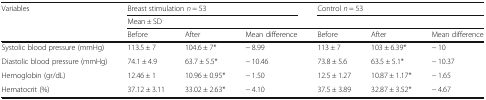
| Variables | <COLSPAN=3> Breast stimulation n = 53 | <COLSPAN=3> Control n = 53 |
 | <ROWSPAN=2>  | <COLSPAN=6> Mean ± SD |
 | Before | After | Mean difference | Before | After | Mean difference |
 | --- | --- | --- | --- | --- | --- | --- |
 | Systolic blood pressure (mmHg) | 113.5 ± 7 | 104.6 ± 7* | − 8.99 | 113 ± 7 | 103 ± 6.39* | − 10 |
 | Diastolic blood pressure (mmHg) | 74.1 ± 4.9 | 63.7 ± 5.5* | − 10.46 | 73.8 ± 5.6 | 63.5 ± 5.1* | − 10.37 |
 | Hemoglobin (gr/dL) | 12.46 ± 1 | 10.96 ± 0.95* | − 1.50 | 12.5 ± 1.27 | 10.87 ± 1.17* | − 1.65 |
 | Hematocrit (%) | 37.12 ± 3.11 | 33.02 ± 2.63* | − 4.10 | 37.5 ± 3.89 | 32.87 ± 3.52* | − 4.67 |